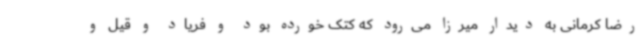
رضا کرمانی به دیدار میرزا می‌رود که کتک خورده بود و فریاد و قیل و